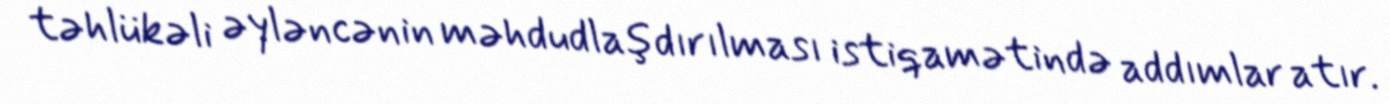
təhlükəli əyləncənin məhdudlaşdırılması istiqamətində addımlar atır.